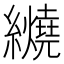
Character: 𬘏